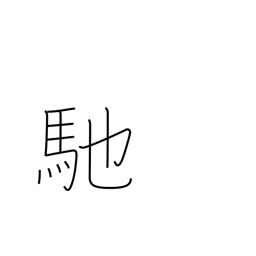
Meaning: sail